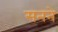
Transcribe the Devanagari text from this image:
सनने